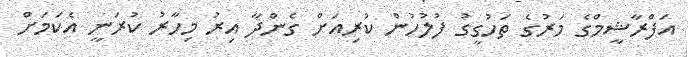
އަފްރާޝީމްގެ މަރުގެ ތަހުގީގު ފުލުހުން ކުރިއަށް ގެންދާ އިރު މިހާރު ކުރަނީ އެކަމަށް